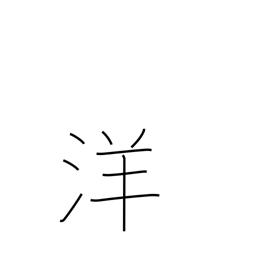
Meaning: Western style